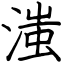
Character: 滍